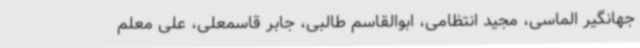
جهانگیر الماسی، مجید انتظامی، ابوالقاسم طالبی، جابر قاسمعلی، علی معلم